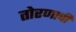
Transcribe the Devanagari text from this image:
तोरणाची